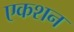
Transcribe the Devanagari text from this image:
एकशन